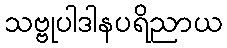
သဗ္ဗုပါဒါနပရိညာယ